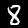
Digit: 8